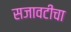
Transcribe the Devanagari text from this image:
सजावटीचा